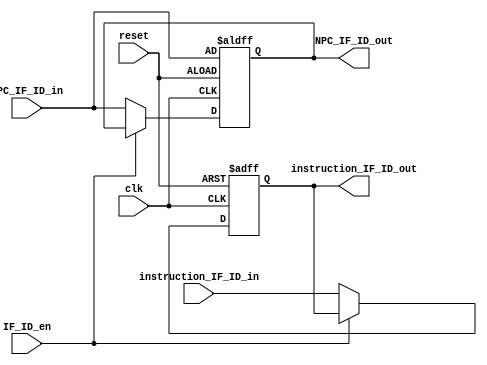
module IF_ID_register
(
    // common to all pipeline registers
    input wire clk,
    input wire reset, 
    input wire IF_ID_en,

    // input from fetch stage
    input wire [31:0] instruction_IF_ID_in,
    input wire [31:0]NPC_IF_ID_in,
    
    output reg [31:0] instruction_IF_ID_out,
    output reg [31:0] NPC_IF_ID_out
    );

    always @ (posedge clk or negedge reset)
        begin
            if(!reset)
                begin
                    instruction_IF_ID_out <= 32'b0;
                    NPC_IF_ID_out <= NPC_IF_ID_in;
                end
            else if (!IF_ID_en)
                begin
                    instruction_IF_ID_out <= instruction_IF_ID_in;
                    NPC_IF_ID_out <= NPC_IF_ID_in;
                end
        end
endmodule